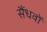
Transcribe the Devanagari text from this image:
सैंधवों